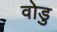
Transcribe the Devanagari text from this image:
वोडु